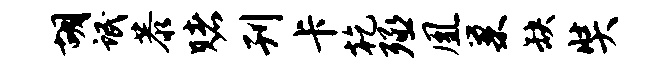
胡氓恭赌刊卡乾殛凰巢缺奘